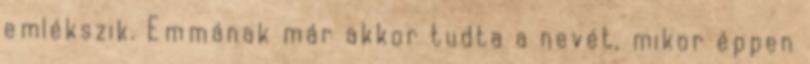
emlékszik. Emmának már akkor tudta a nevét, mikor éppen